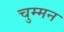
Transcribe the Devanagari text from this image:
चुम्मन